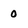
Character: 0